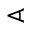
\sphericalangle